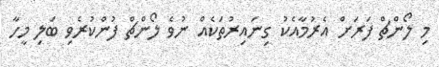
މި ލޯންޗް ފަރަށް އެރުމާއެކު ގިނައިރުތަކެއް ނުވެ ލޯންޗް ފުންކުރެވި ބަލި މީހާ